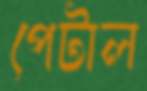
পেটাল